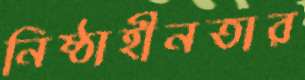
নিষ্ঠাহীনতার